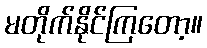
မတိုက်နိုင်ကြတော့။